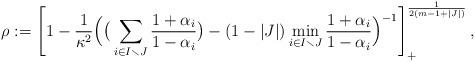
LaTeX: \begin{align*}\rho :=\left[1 -\frac{1}{\kappa^2}\Big(\big(\sum_{i\in I\smallsetminus J}\frac{1+\alpha_i}{1-\alpha_i}\big) -(1-|J|)\min_{i\in I\smallsetminus J}\frac{1+\alpha_i}{1-\alpha_i}\Big)^{-1}\right]_+^\frac{1}{2(m-1+|J|)},\end{align*}